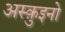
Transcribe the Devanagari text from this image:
अस्क़ुइनो